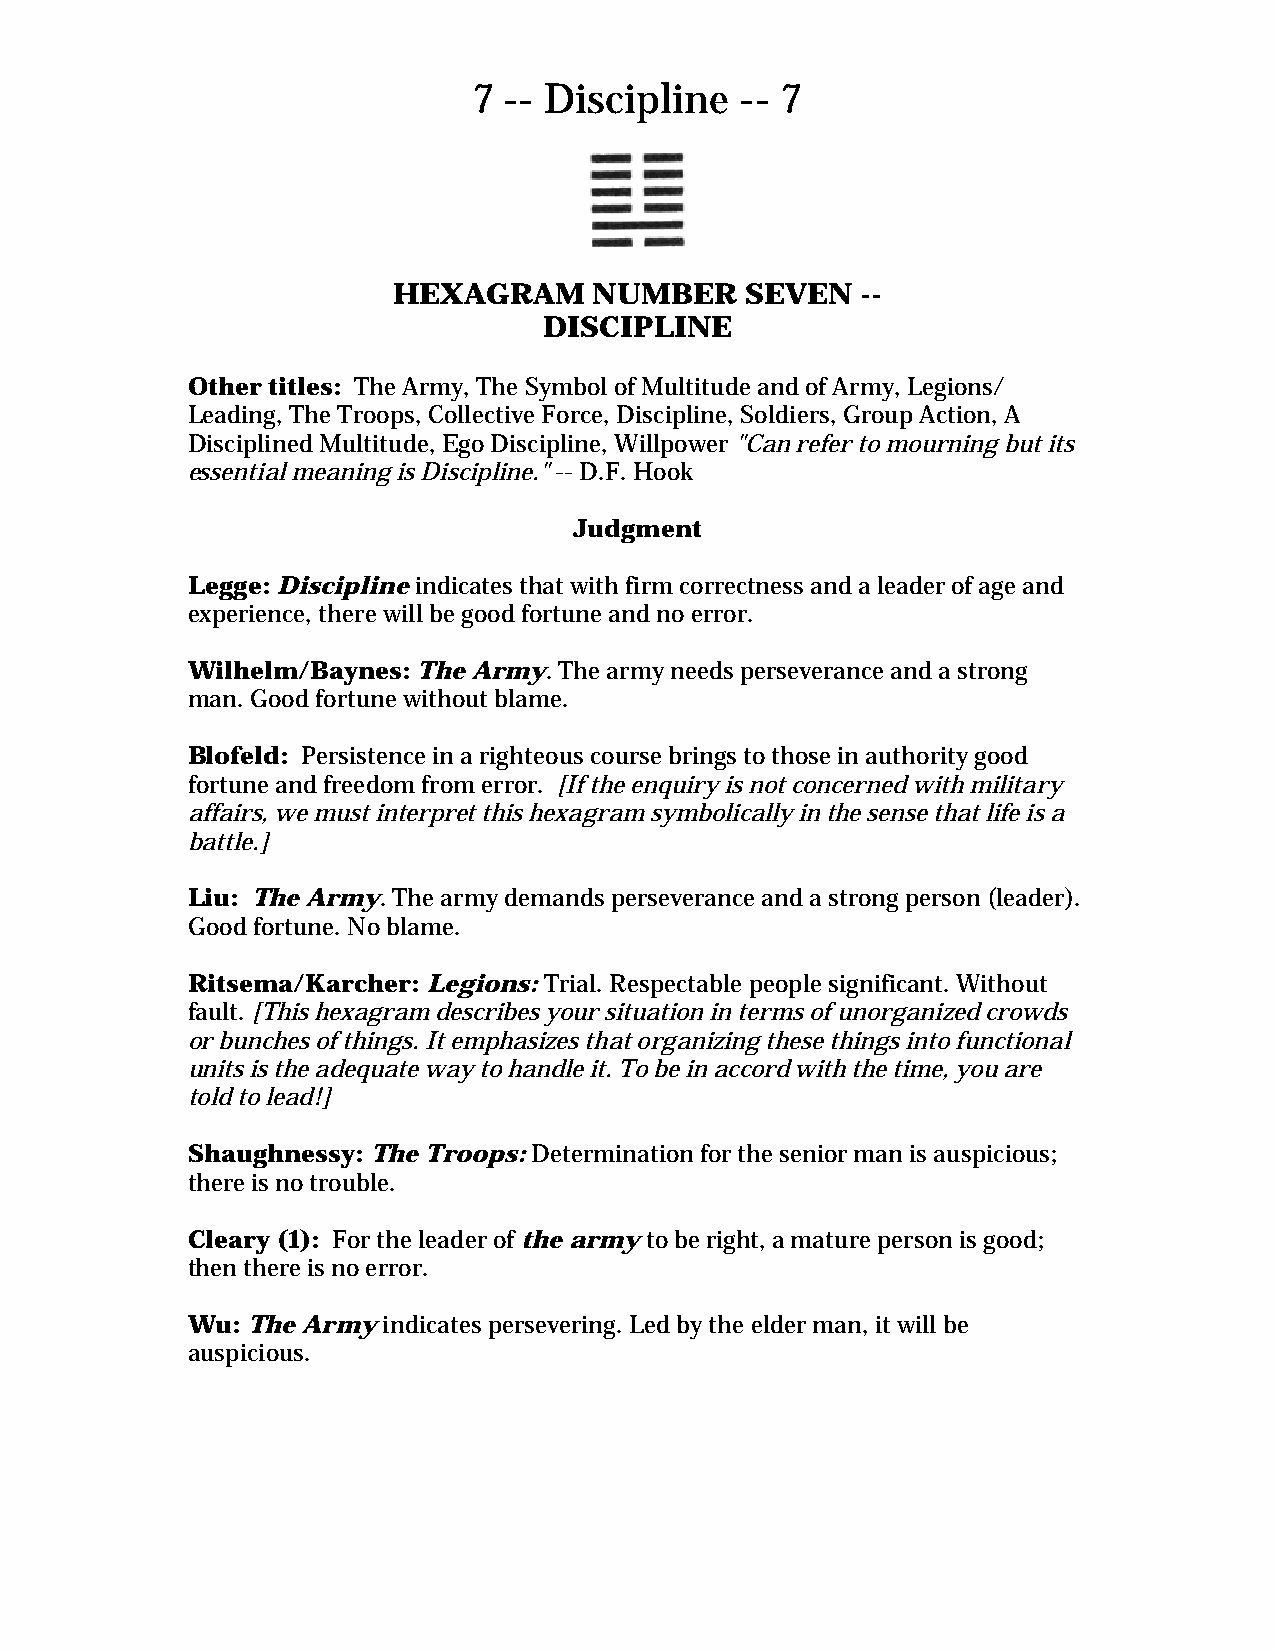
7 -- Discipline   -- 7
 HEXAGRAM     NUMBER    SEVEN   --
 DISCIPLINE
 Other titles: The Army, The Symbol of Multitude and of Army, Legions/
 Leading, The Troops, Collective Force, Discipline, Soldiers, Group Action, A
 Disciplined Multitude, Ego Discipline, Willpower "Can refer to mourning but its
 essential meaning is Discipline." -- D.F. Hook
 Judgment
 Legge: Discipline indicates that with firm correctness and a leader of age and
 experience, there will be good fortune and no error.
 Wilhelm/Baynes: The Army. The army needs perseverance and a strong
 man. Good fortune without blame.
 Blofeld: Persistence in a righteous course brings to those in authority good
 fortune and freedom from error. [If the enquiry is not concerned with military
 affairs, we must interpret this hexagram symbolically in the sense that life is a
 battle.]
 Liu: The Army. The army demands perseverance and a strong person (leader).
 Good fortune. No blame.
 Ritsema/Karcher: Legions: Trial. Respectable people significant. Without
 fault. [This hexagram describes your situation in terms of unorganized crowds
 or bunches of things. It emphasizes that organizing these things into functional
 units is the adequate way to handle it. To be in accord with the time, you are
 told to lead!]
 Shaughnessy: The Troops: Determination for the senior man is auspicious;
 there is no trouble.
 Cleary (1): For the leader of the army to be right, a mature person is good;
 then there is no error.
 Wu: The Army indicates persevering. Led by the elder man, it will be
 auspicious.